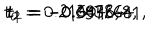
t _ { 0 } = 0 . 2 1 6 0 4 6 , \hspace { 5 m m } t _ { 1 } = - 0 . 3 4 3 2 6 8 , \hspace { 5 m m } t _ { 2 } = - 0 . 0 9 7 8 4 4 1 ,